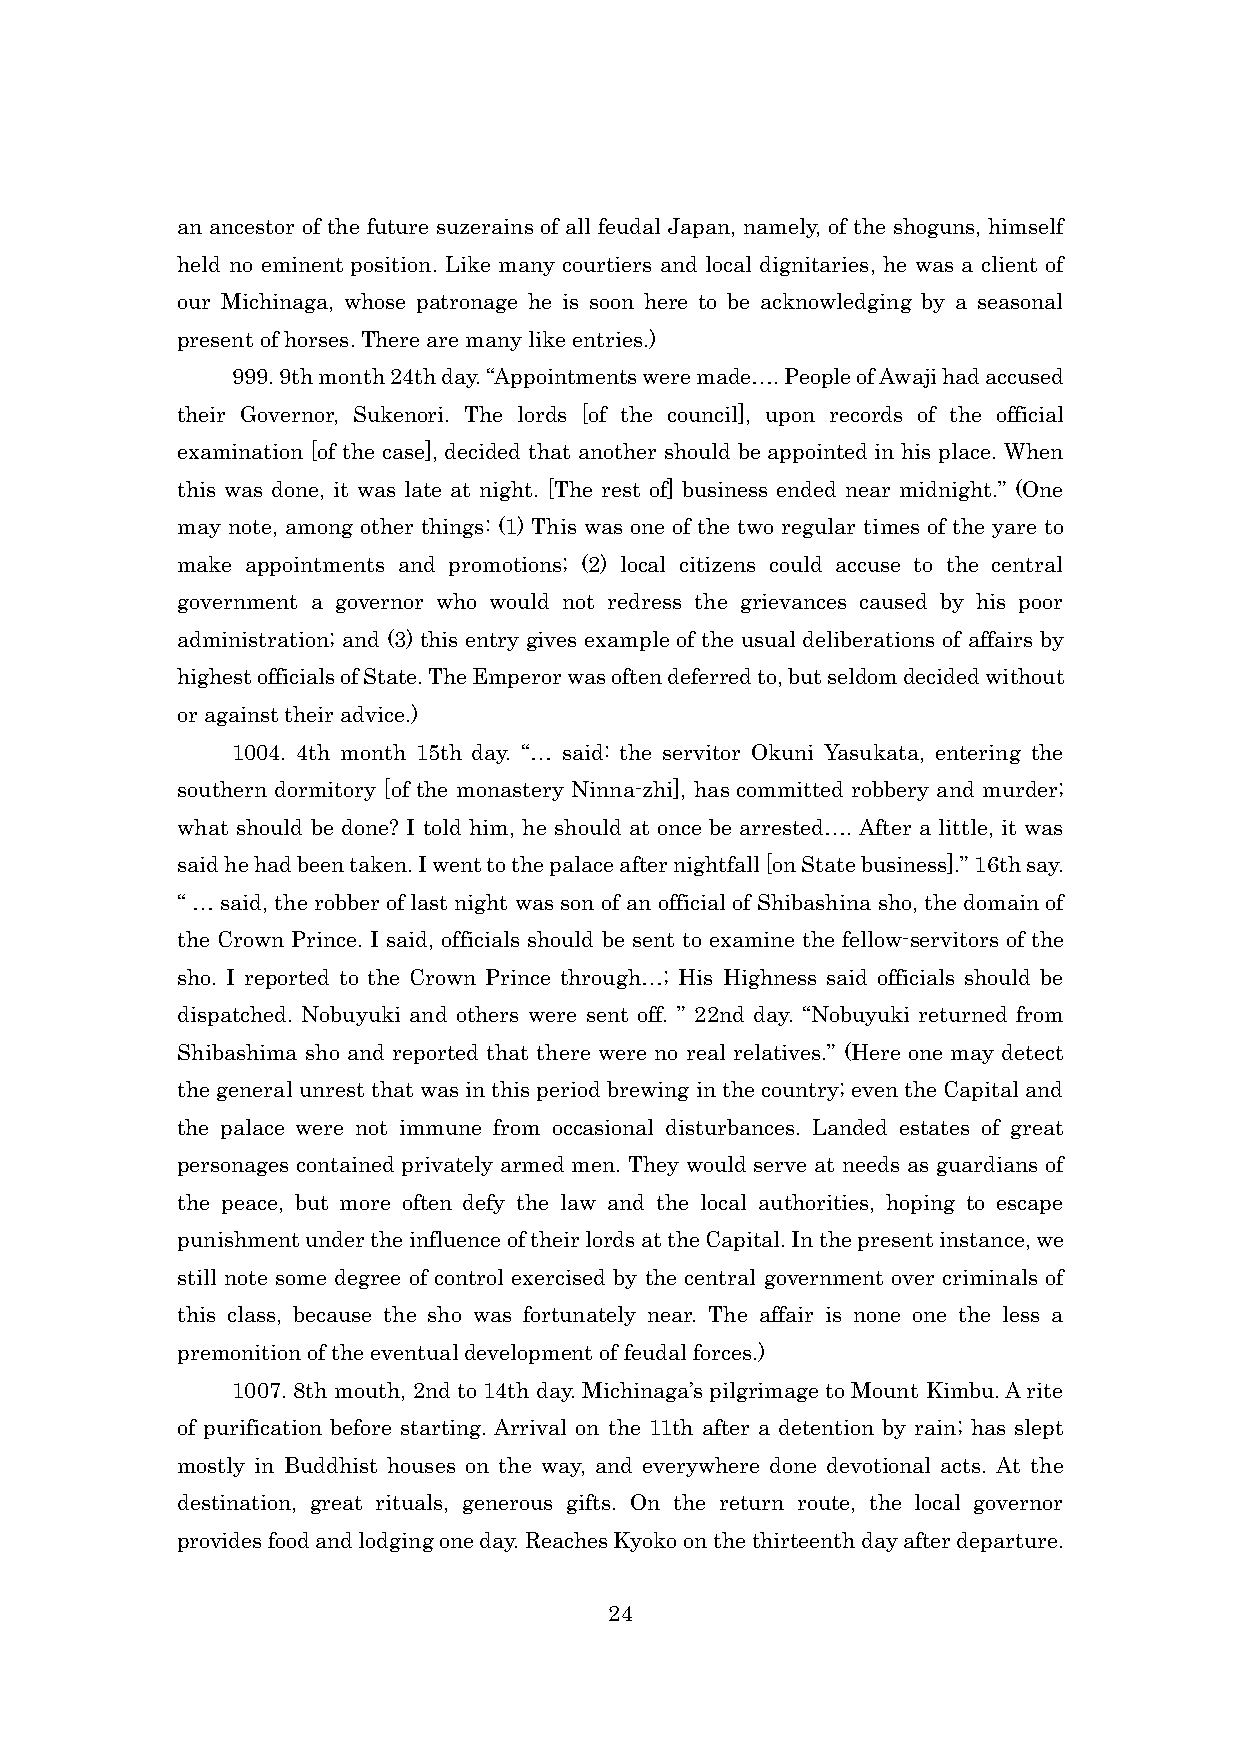
an ancestor of the future suzerains of all feudal Japan, namely, of the shoguns, himself
 held no eminent position. Like many courtiers and local dignitaries, he was a client of
 our Michinaga, whose patronage he is soon here to be acknowledging by a seasonal
 present of horses. There are many like entries.)
 999. 9th month 24th day. “Appointments were made…. People of Awaji had accused
 their Governor, Sukenori. The lords [of the council], upon records of the official
 examination [of the case], decided that another should be appointed in his place. When
 this was done, it was late at night. [The rest of] business ended near midnight.” (One
 may note, among other things: (1) This was one of the two regular times of the yare to
 make appointments and promotions; (2) local citizens could accuse to the central
 government a governor who would not redress the grievances caused by his poor
 administration; and (3) this entry gives example of the usual deliberations of affairs by
 highest officials of State. The Emperor was often deferred to, but seldom decided without
 or against their advice.)
 1004. 4th month 15th day. “… said: the servitor Okuni Yasukata, entering the
 southern dormitory [of the monastery Ninna-zhi], has committed robbery and murder;
 what should be done? I told him, he should at once be arrested…. After a little, it was
 said he had been taken. I went to the palace after nightfall [on State business].” 16th say.
 “ … said, the robber of last night was son of an official of Shibashina sho, the domain of
 the Crown Prince. I said, officials should be sent to examine the fellow-servitors of the
 sho. I reported to the Crown Prince through…; His Highness said officials should be
 dispatched. Nobuyuki and others were sent off. ” 22nd day. “Nobuyuki returned from
 Shibashima sho and reported that there were no real relatives.” (Here one may detect
 the general unrest that was in this period brewing in the country; even the Capital and
 the palace were not immune from occasional disturbances. Landed estates of great
 personages contained privately armed men. They would serve at needs as guardians of
 the peace, but more often defy the law and the local authorities, hoping to escape
 punishment under the influence of their lords at the Capital. In the present instance, we
 still note some degree of control exercised by the central government over criminals of
 this class, because the sho was fortunately near. The affair is none one the less a
 premonition of the eventual development of feudal forces.)
 1007. 8th mouth, 2nd to 14th day. Michinaga’s pilgrimage to Mount Kimbu. A rite
 of purification before starting. Arrival on the 11th after a detention by rain; has slept
 mostly in Buddhist houses on the way, and everywhere done devotional acts. At the
 destination, great rituals, generous gifts. On the return route, the local governor
 provides food and lodging one day. Reaches Kyoko on the thirteenth day after departure.
 24